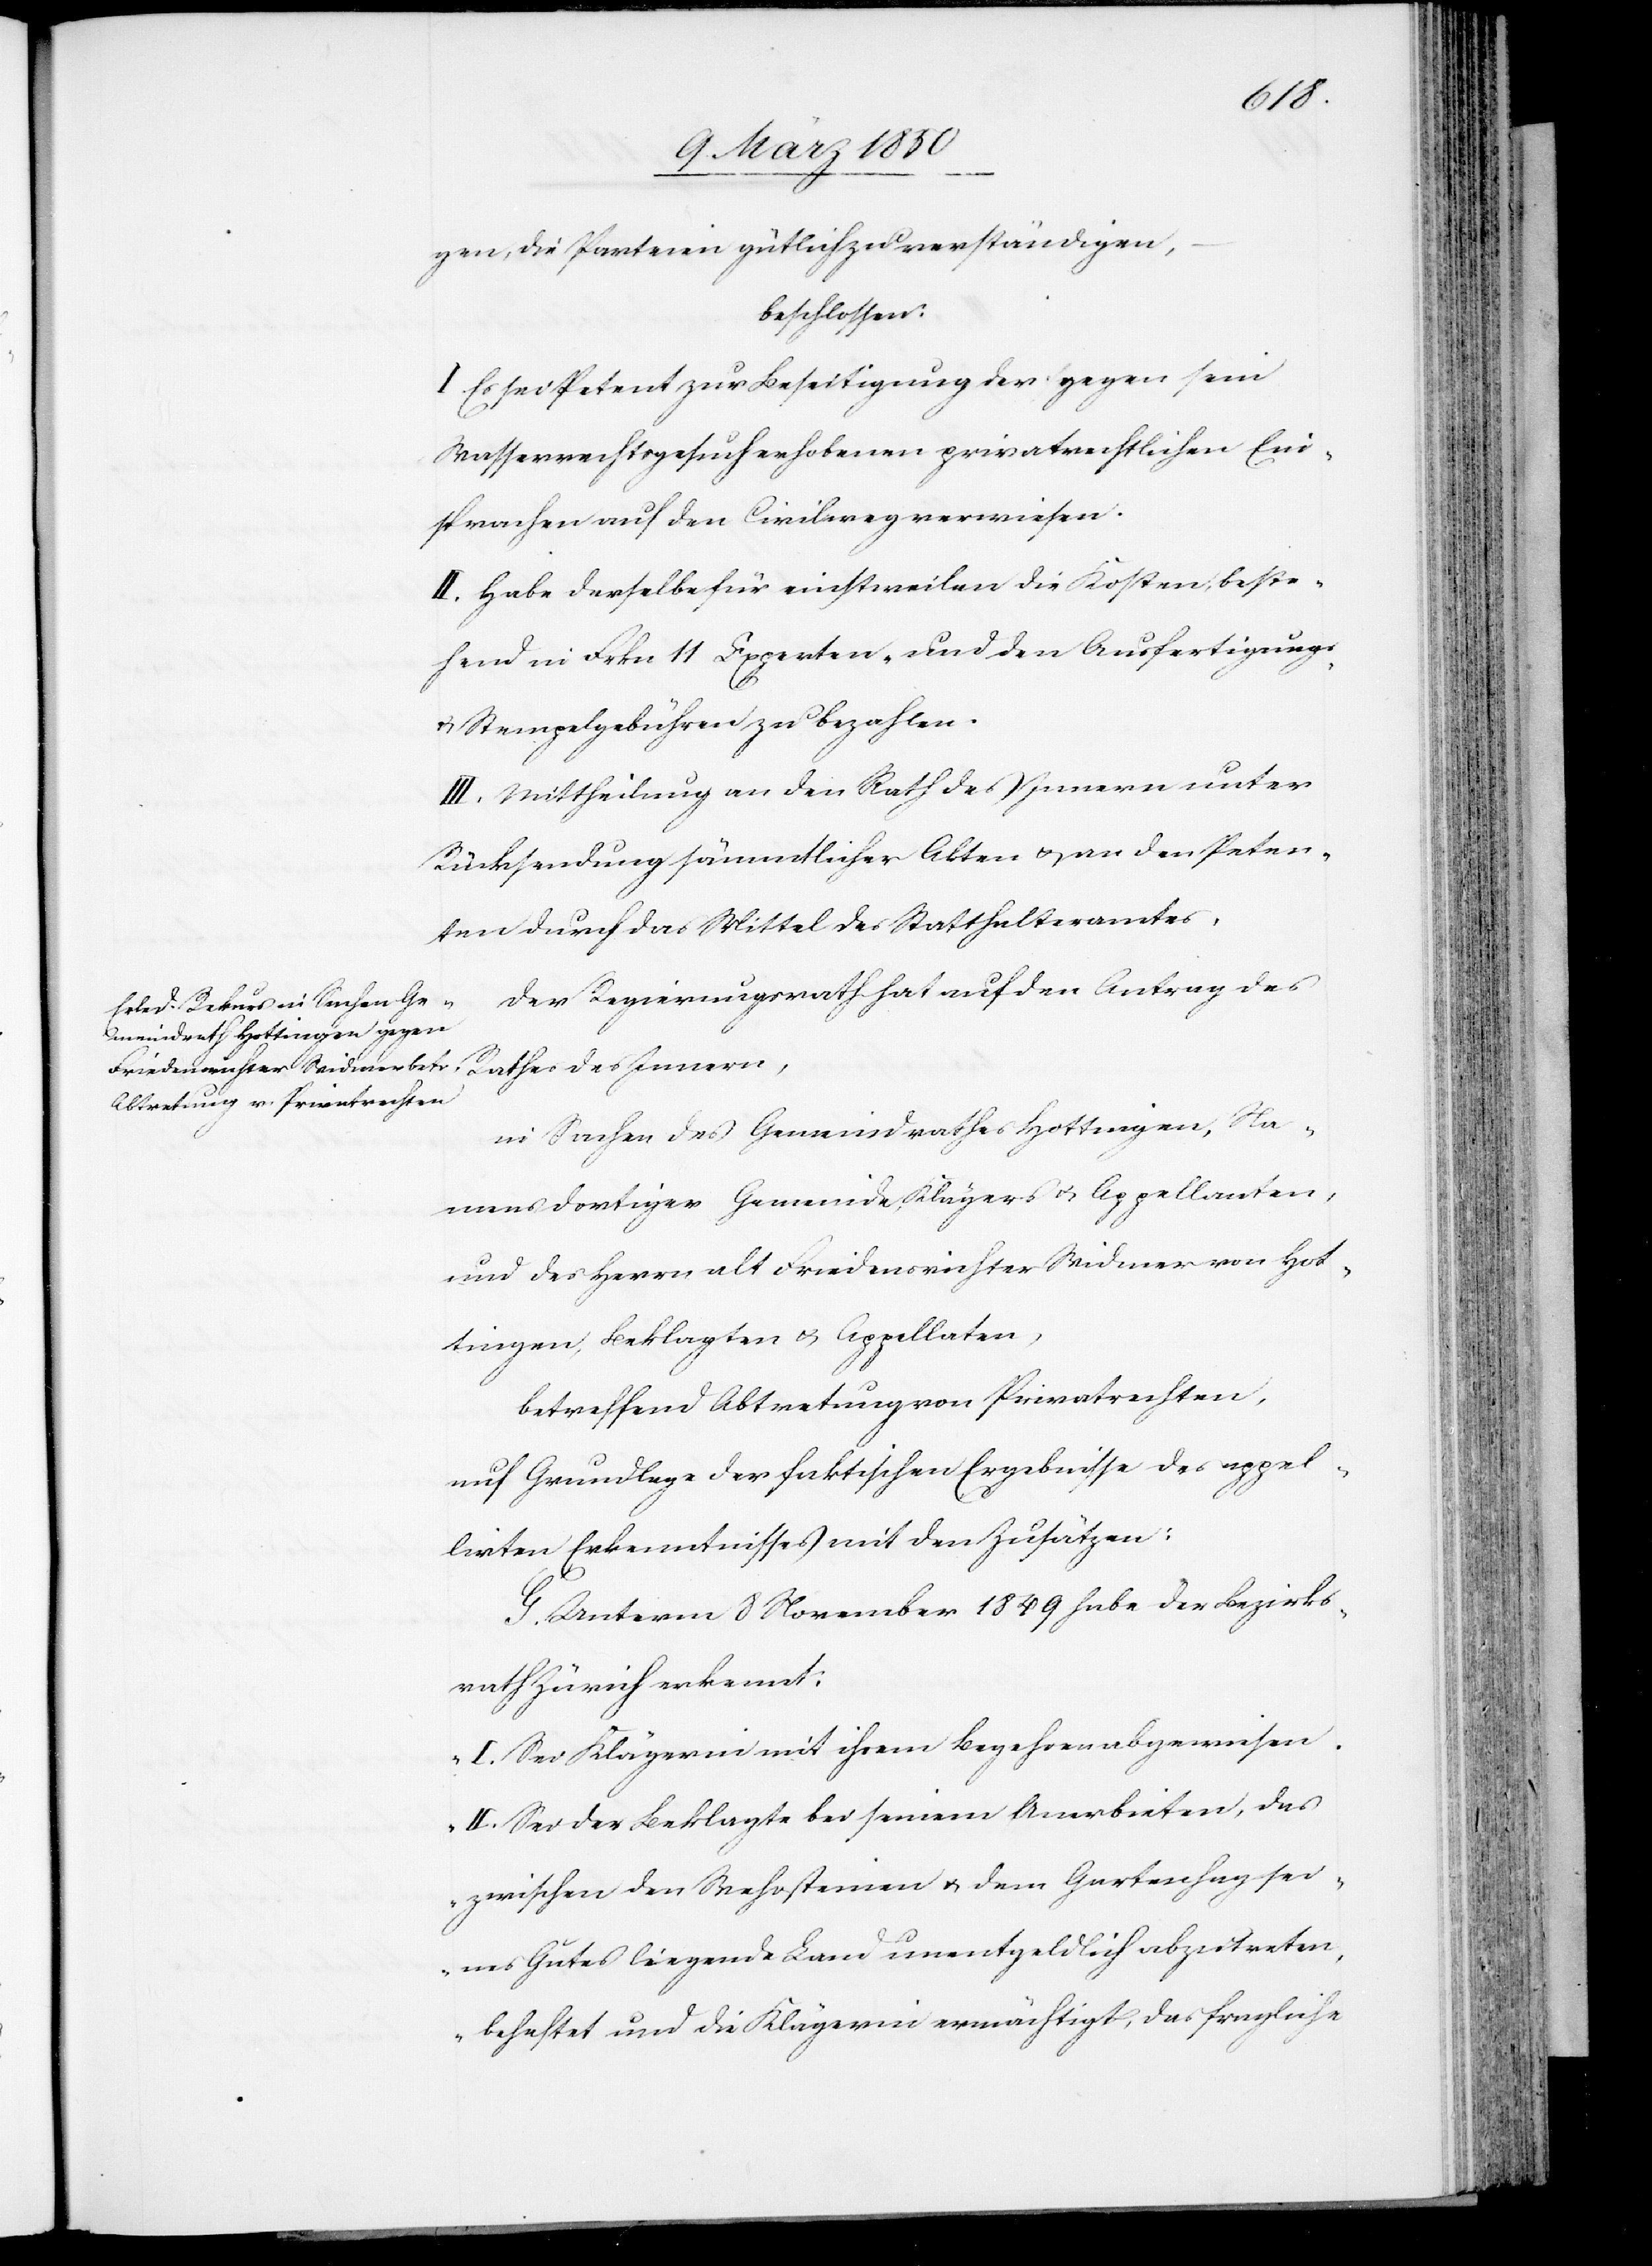
gen, die Parteien gütlich zu verständigen,
beschlossen:
I. Es sei Petent zur Beseitigung der gegen sein
Wasserrechtsgesuch erhobenen privatrechtlichen Ein¬
sprachen auf den Civilweg verwiesen.
II. Habe derselbe für einstweilen die Kosten, beste¬
hend in Frkn 11 Experten- und den Ausfertigungs-
u. Stempelgebühren zu bezahlen.
III. Mittheilung an den Rath des Innern unter
Rücksendung sämmtlicher Akten u. an den Peten¬
ten durch das Mittel des Statthalteramtes.
Der Regierungsrath hat auf den Antrag des
in Sachen des Gemeindrathes Hottingen, Na¬
mens dortiger Gemeinde, Klägers u. Appellanten,
und des Herrn alt Friedensrichter Widmer von Hot¬
tingen, Beklagten u. Appellaten,
betreffend Abtretung von Privatrechten,
auf Grundlage der faktischen Ergebnisse des appel¬
lirten Erkenntnisses mit den Zusätzen:
G. Unterm 8 November 1849 habe der Bezirks¬
rath Zürich erkennt:
„I. Sei Klägerin mit ihrem Begehren abgewiesen.
II. Sei der Beklagte bei seinem Anerbieten, das
zwischen den Wehrsteinen u. dem Gartenhag sei¬
nes Gutes liegende Land unentgeldlich abzutreten,
behaftet und die Klägerin ermächtigt, das fragliche